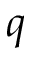
q